Civil Veterinary Dept. Bombay admin report 1914-1922 - 1914-1922
Year: 1914
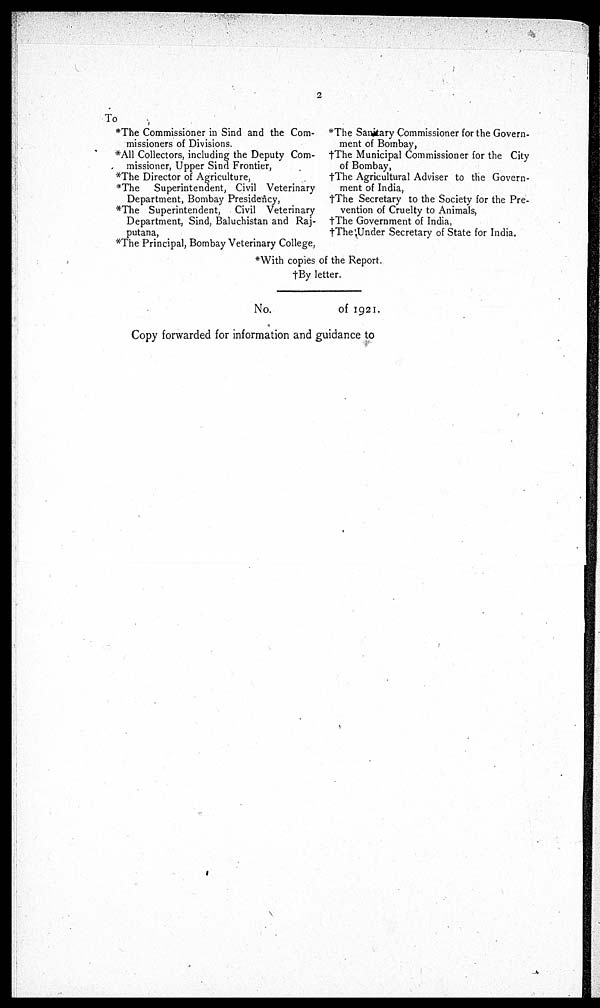
2
To
*The Commissioner in Sind and the Com-
missioners of Divisions.
*All Collectors, including the Deputy Com-
missioner, Upper Sind Frontier,
*The Director of Agriculture,
*The Superintendent, Civil Veterinary
Department, Bombay Presidency,
*The Superintendent, Civil Veterinary
Department, Sind, Baluchistan and Raj-
putana,
*The Principal, Bombay Veterinary College,
*The Sanitary Commissioner for the Govern-
ment of Bombay,
†The Municipal Commissioner for the City
of Bombay,
†The Agricultural Adviser to the Govern-
ment of India,
†The Secretary to the Society for the Pre-
vention of Cruelty to Animals,
†The Government of India,
†The Under Secretary of State for India.
*With copies of the Report.
†By letter.
No. of 1921.
Copy forwarded for information and guidance to